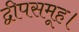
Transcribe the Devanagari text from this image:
द्वीपसमूह।